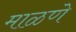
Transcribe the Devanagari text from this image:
माळणे